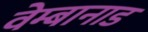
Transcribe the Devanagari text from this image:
वेम्बानाड